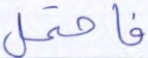
فاحتمل